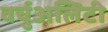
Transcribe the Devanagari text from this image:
वर्चुअलिटी